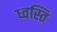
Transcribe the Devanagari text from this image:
ध्वस्ति